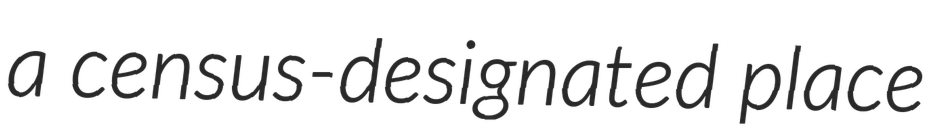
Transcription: a census-designated place